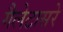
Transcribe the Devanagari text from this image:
गैलेटासरे